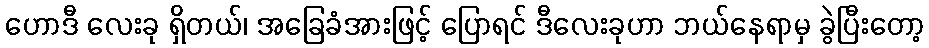
ဟောဒီ လေးခု ရှိတယ်၊ အခြေခံအားဖြင့် ပြောရင် ဒီလေးခုဟာ ဘယ်နေရာမှ ခွဲပြီးတော့